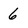
Character: 6